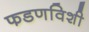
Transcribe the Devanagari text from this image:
फडणविशी